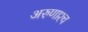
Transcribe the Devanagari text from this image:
अरुणाश्‍च